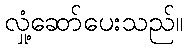
လှုံ့ဆော်ပေးသည်။